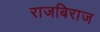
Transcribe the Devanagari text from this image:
राजबिराज